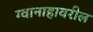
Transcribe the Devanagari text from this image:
ग्वानाहावरील